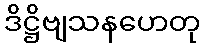
ဒိဋ္ဌိဗျသနဟေတု